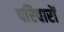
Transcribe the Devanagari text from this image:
परिवारों